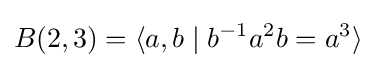
B(2,3)=\langle a,b\mid b^{-1}a^{2}b=a^{3}\rangle